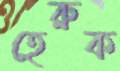
হেরুক